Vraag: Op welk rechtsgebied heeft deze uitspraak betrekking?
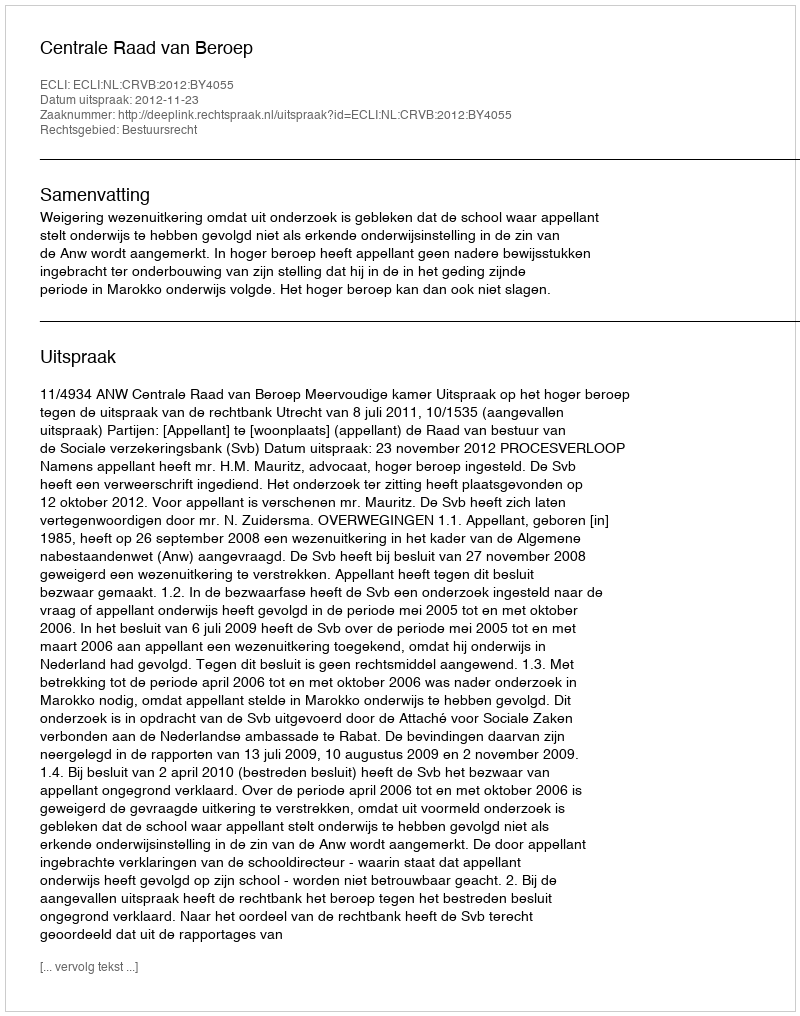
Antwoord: Bestuursrecht